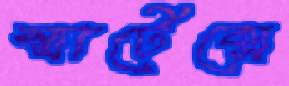
স্মার্টেক্সে